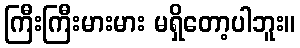
ကြီးကြီးမားမား မရှိတော့ပါဘူး။